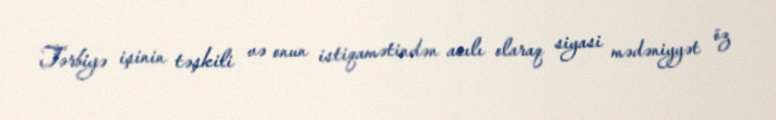
Tərbiyə işinin təşkili və onun istiqamətindən asılı olaraq siyasi mədəniyyət öz